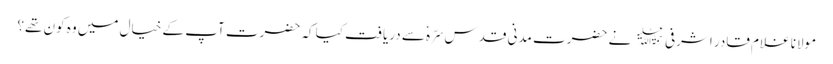
مولانا غلام قادر اشرفی﷫ نے حضرت مدنی قدس سرّہٗ سے دریافت کیا کہ حضرت آپ کے خیال میں وہ کون تھے؟